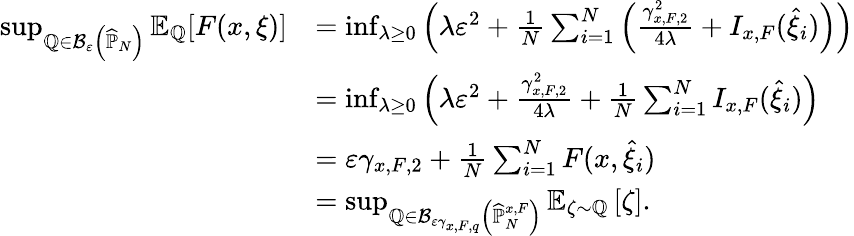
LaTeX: \begin{array}{rl}{\operatorname*{sup}_{\mathbb{Q}\in\mathcal{B}_{\varepsilon}\left(\widehat{\mathbb{P}}_{N}\right)}\mathbb{E}_{\mathbb{Q}}[F(x,\xi)]}&{=\operatorname*{inf}_{\lambda\geq 0}\left(\lambda\varepsilon^{2}+\frac{1}{N}\sum_{i=1}^{N}\left(\frac{\gamma_{x,F,2}^{2}}{4\lambda}+I_{x,F}(\widehat{\xi}_{i})\right)\right)}\\ &{=\operatorname*{inf}_{\lambda\geq 0}\left(\lambda\varepsilon^{2}+\frac{\gamma_{x,F,2}^{2}}{4\lambda}+\frac{1}{N}\sum_{i=1}^{N}I_{x,F}(\widehat{\xi}_{i})\right)}\\ &{=\varepsilon\gamma_{x,F,2}+\frac{1}{N}\sum_{i=1}^{N}F(x,\widehat{\xi}_{i})}\\ &{=\operatorname*{sup}_{\mathbb{Q}\in\mathcal{B}_{\varepsilon\gamma_{x,F,q}}\left(\widehat{\mathbb{P}}_{N}^{x,F}\right)}\mathbb{E}_{\zeta\sim\mathbb{Q}}\left[\zeta\right].}\end{array}